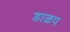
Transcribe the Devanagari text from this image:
डाळप